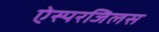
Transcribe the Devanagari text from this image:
ऐस्परजिलस